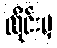
လိုင်းမှ